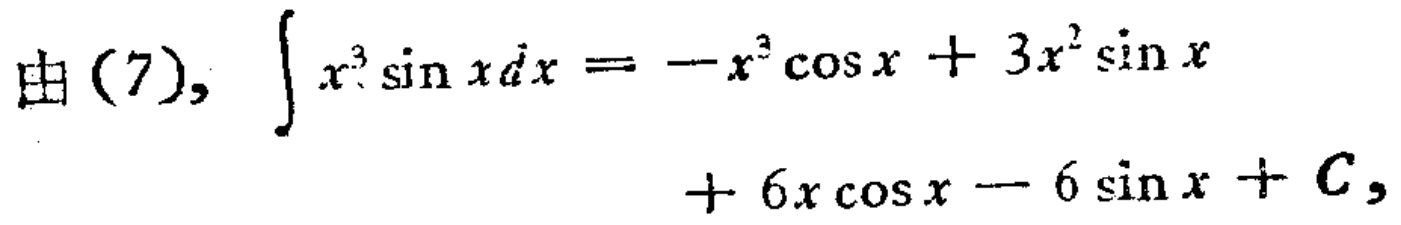
由(7), \(\int x^{3}\sin xdx=-x^{3}\cos x + 3x^{2}\sin x+ 6x\cos x - 6\sin x + C\)